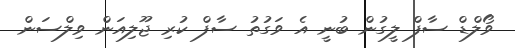
ވޯލްޑް ސާފް ލީގުން ބުނީ އެ ވަގުތު ސާފް ކުރި ޖޫލިއަން ވިލްސަން